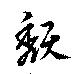
頽